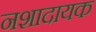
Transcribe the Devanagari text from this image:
नशादायक